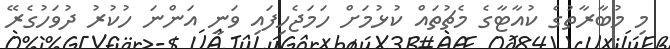
މި މުބާރާތުގެ ކުއާޓާގެ މެޗުތައް ކުޅުމަށް ހަމަޖެހިފައި ވަނީ އަންނަ ހުކުރު ދުވަހުގެރޭ